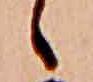
ゝ